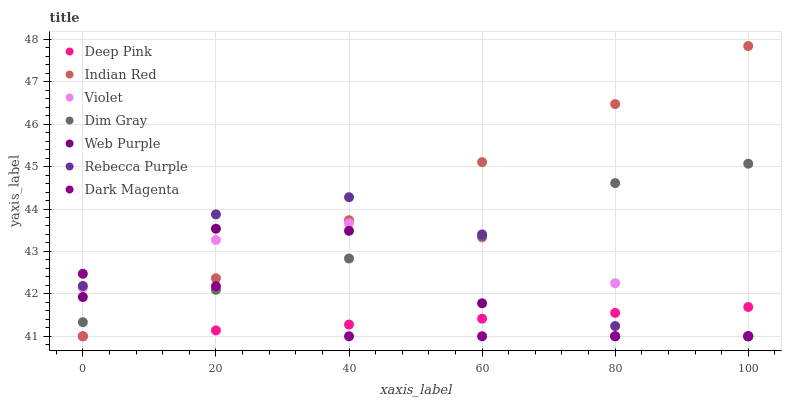
| xaxis_label | Deep Pink | Indian Red | Violet | Dim Gray | Web Purple | Rebecca Purple | Dark Magenta |
 | --- | --- | --- | --- | --- | --- | --- | --- |
 | 0 | 41 | 41 | 42.1 | 41.3 | 41.9 | 42.2 | 42.5 |
 | 20 | 41.1 | 42.4 | 43.3 | 42.1 | 43.5 | 43.9 | 42.2 |
 | 40 | 41.3 | 43.7 | 43.7 | 42.8 | 43.5 | 44.3 | 41 |
 | 60 | 41.4 | 45.1 | 43.3 | 43.3 | 41.8 | 43.4 | 41 |
 | 80 | 41.6 | 46.5 | 42.3 | 44.6 | 41 | 41.2 | 41 |
 | 100 | 41.7 | 47.8 | 41 | 45.1 | 41 | 41 | 41 |